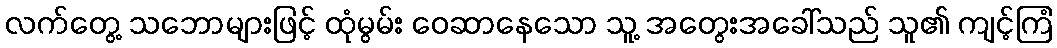
လက်တွေ့ သဘောများဖြင့် ထုံမွမ်း ဝေဆာနေသော သူ့ အတွေးအခေါ်သည် သူ၏ ကျင့်ကြံ